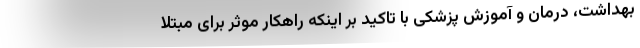
بهداشت، درمان و آموزش پزشکی با تاکید بر اینکه راهکار موثر برای مبتلا